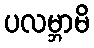
ပလမ္ဘာမိ